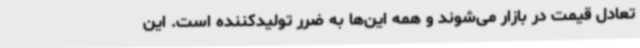
تعادل قیمت در بازار می‌شوند و همه این‌ها به ضرر تولیدکننده است. این